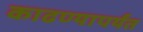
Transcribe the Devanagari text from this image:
काढण्यापर्यंत